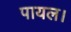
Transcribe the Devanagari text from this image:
पायल।